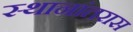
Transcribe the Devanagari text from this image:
स्थानांतरास